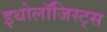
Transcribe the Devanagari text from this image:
इथोलॉजिस्ट्स